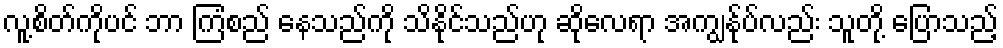
လူ့စိတ်ကိုပင် ဘာ ကြံစည် နေသည်ကို သိနိုင်သည်ဟု ဆိုလေရာ အကျွန်ုပ်လည်း သူတို့ ပြောသည့်